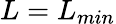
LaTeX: L=L_{min}